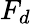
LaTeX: \displaystyle{F_{d}}